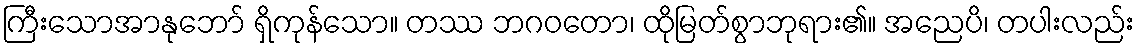
ကြီးသောအာနုဘော် ရှိကုန်သော။ တဿ ဘဂဝတော၊ ထိုမြတ်စွာဘုရား၏။ အညေပိ၊ တပါးလည်း